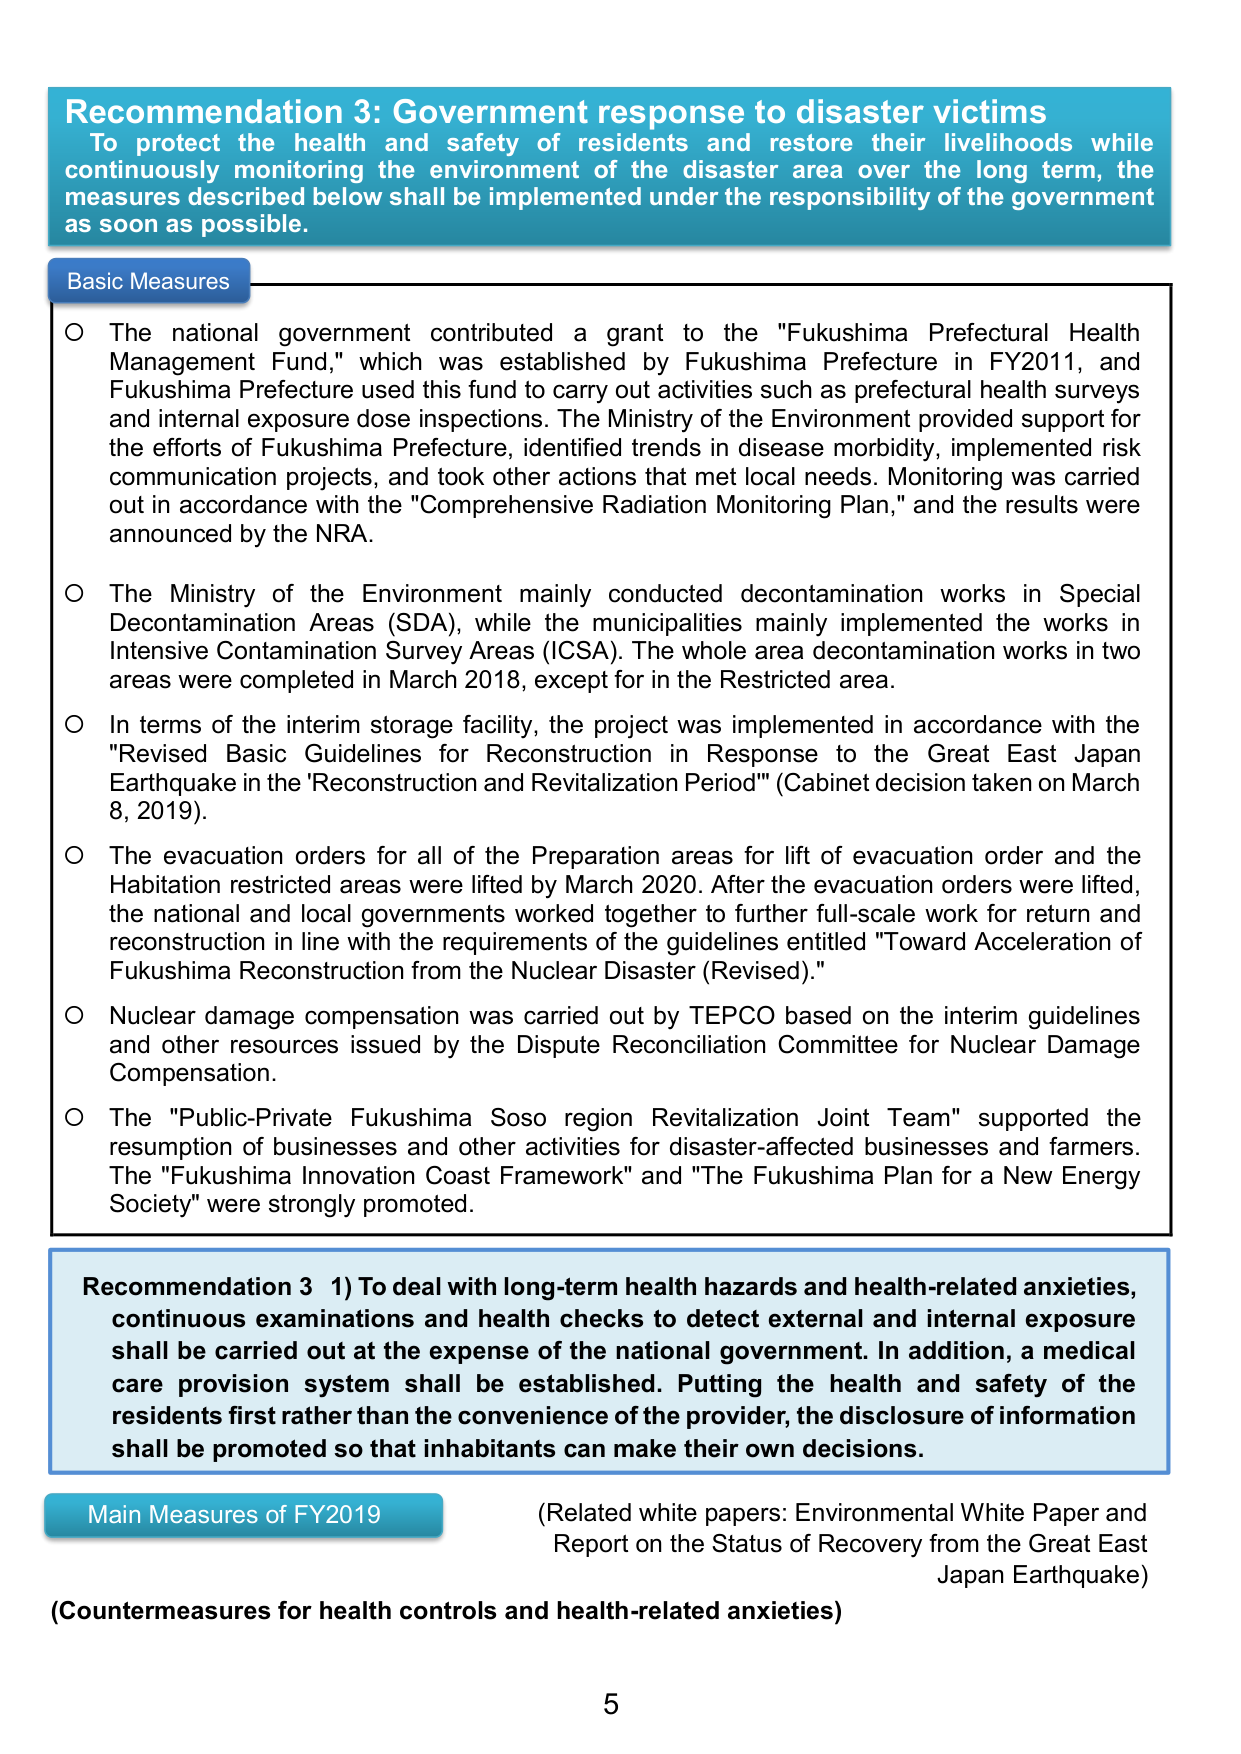
Recommendation 3: Government response to disaster victims
To protect the health and safety of residents and restore their livelihoods while continuously monitoring the environment of the disaster area over the long term, the measures described below shall be implemented under the responsibility of the government as soon as possible.

Basic Measures
○ The national government contributed a grant to the "Fukushima Prefectural Health Management Fund," which was established by Fukushima Prefecture in FY2011, and Fukushima Prefecture used this fund to carry out activities such as prefectural health surveys and internal exposure dose inspections. The Ministry of the Environment provided support for the efforts of Fukushima Prefecture, identified trends in disease morbidity, implemented risk communication projects, and took other actions that met local needs. Monitoring was carried out in accordance with the "Comprehensive Radiation Monitoring Plan," and the results were announced by the NRA.

○ The Ministry of the Environment mainly conducted decontamination works in Special Decontamination Areas (SDA), while the municipalities mainly implemented the works in Intensive Contamination Survey Areas (ICSA). The whole area decontamination works in two areas were completed in March 2018, except for in the Restricted area.

○ In terms of the interim storage facility, the project was implemented in accordance with the "Revised Basic Guidelines for Reconstruction in Response to the Great East Japan Earthquake in the 'Reconstruction and Revitalization Period'" (Cabinet decision taken on March 8, 2019).

○ The evacuation orders for all of the Preparation areas for lift of evacuation order and the Habitation restricted areas were lifted by March 2020. After the evacuation orders were lifted, the national and local governments worked together to further full-scale work for return and reconstruction in line with the requirements of the guidelines entitled "Toward Acceleration of Fukushima Reconstruction from the Nuclear Disaster (Revised)."

○ Nuclear damage compensation was carried out by TEPCO based on the interim guidelines and other resources issued by the Dispute Reconciliation Committee for Nuclear Damage Compensation.

○ The "Public-Private Fukushima Soso region Revitalization Joint Team" supported the resumption of businesses and other activities for disaster-affected businesses and farmers. The "Fukushima Innovation Coast Framework" and "The Fukushima Plan for a New Energy Society" were strongly promoted.

Recommendation 3 1) To deal with long-term health hazards and health-related anxieties, continuous examinations and health checks to detect external and internal exposure shall be carried out at the expense of the national government. In addition, a medical care provision system shall be established. Putting the health and safety of the residents first rather than the convenience of the provider, the disclosure of information shall be promoted so that inhabitants can make their own decisions.

Main Measures of FY2019
(Countermeasures for health controls and health-related anxieties)
(Related white papers: Environmental White Paper and Report on the Status of Recovery from the Great East Japan Earthquake)

5